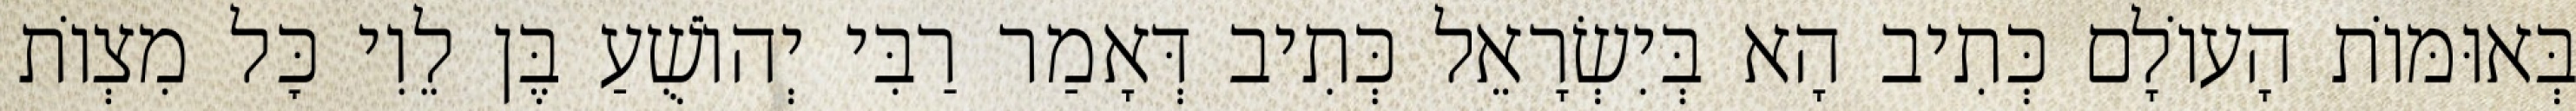
בְּאוּמּוֹת הָעוֹלָם כְּתִיב הָא בְּיִשְׂרָאֵל כְּתִיב דְּאָמַר רַבִּי יְהוֹשֻׁעַ בֶּן לֵוִי כׇּל מִצְוֹת